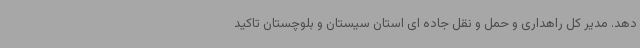
دهد. مدیر کل راهداری و حمل و نقل جاده ای استان سیستان و بلوچستان تاکید